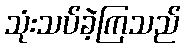
သုံးသပ်ခဲ့ကြသည်